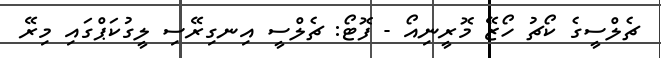
ޗެލްސީގެ ކޯޗު ހޯޒޭ މޮރީނިއޯ - ފޮޓޯ: ޗެލްސީ އިނގިރޭސި ލީގުކަޕްގައި މިރޭ